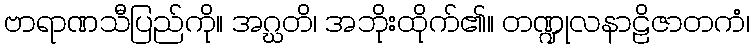
ဗာရာဏသီပြည်ကို။ အဂ္ဃတိ၊ အဘိုးထိုက်၏။ တဏ္ဍုလနာဠိဇာတကံ၊